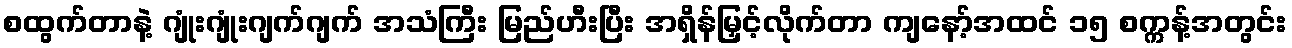
စထွက်တာနဲ့ ဂျုံးဂျုံးဂျက်ဂျက် အသံကြီး မြည်ဟီးပြီး အရှိန်မြှင့်လိုက်တာ ကျနော့်အထင် ၁၅ စက္ကန့်အတွင်း